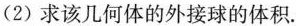
(2)求该几何体的外接球的体积。